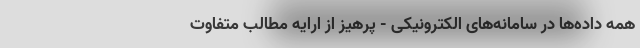
همه داده‌ها در سامانه‌های الکترونیکی - پرهیز از ارایه مطالب متفاوت